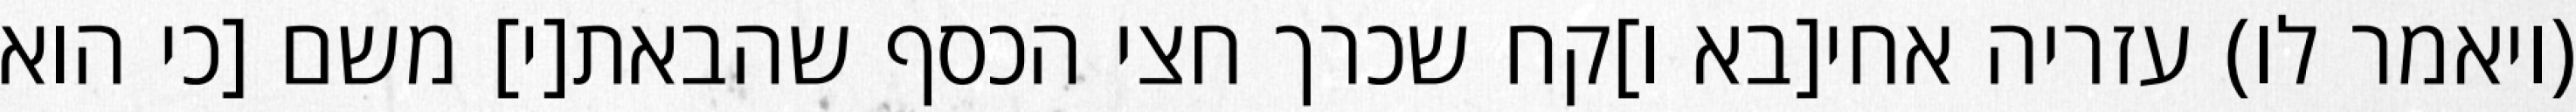
(ויאמר לו) עזריה אחי[בא ו]קח שכרך חצי הכסף שהבאת[י] משם [כי הוא